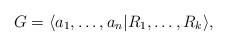
LaTeX: \begin{align*}G=\langle a_{1},\ldots,a_{n} |R_{1},\ldots,R_{k}\rangle,\end{align*}